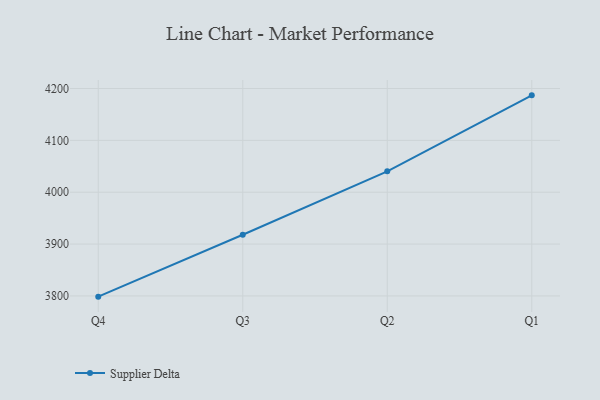
{"axis": {"x": "Quarter", "y": "Shipments"}, "legend": ["Supplier Delta"], "data": [{"x": "Q4", "y": 3798.6, "type": "Supplier Delta"}, {"x": "Q3", "y": 3918.0, "type": "Supplier Delta"}, {"x": "Q2", "y": 4040.3, "type": "Supplier Delta"}, {"x": "Q1", "y": 4186.8, "type": "Supplier Delta"}]}